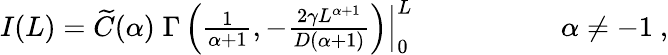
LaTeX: \begin{array}{rl}{I(L)=\widetilde{C}(\alpha)\; \Gamma\left(\frac{1}{\alpha+1},-\frac{2\gamma L^{\alpha+1}}{D(\alpha+1)}\right)\Big|_{0}^{L}\qquad\qquad}&{{}\ \alpha\neq-1\ ,}\end{array}